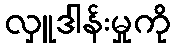
လှူဒါန်းမှုကို